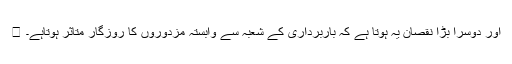
 اور دوسرا بڑا نقصان یہ ہوتا ہے کہ باربرداری کے شعبہ سے وابستہ مزدوروں کا روزگار متاثر ہوتاہے۔